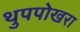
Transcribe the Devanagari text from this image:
थुपपोखरा